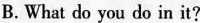
B.What do you do in it?